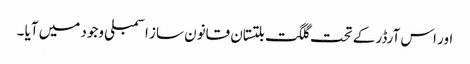
اور اس آرڈر کے تحت گلگت بلتستان قانون ساز اسمبلی وجود میں آیا ۔